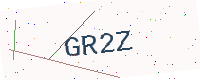
Text: GR2Z